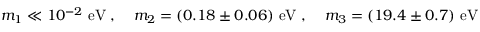
m _ { 1 } \ll 1 0 ^ { - 2 } ~ \mathrm { { e V } } \; , \; \; \; \; m _ { 2 } = ( 0 . 1 8 \pm 0 . 0 6 ) ~ { \mathrm { e V } } \; , \; \; \; \; m _ { 3 } = ( 1 9 . 4 \pm 0 . 7 ) ~ \mathrm { { e V } } \;